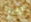
كان